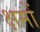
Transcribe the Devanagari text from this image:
क्षमों